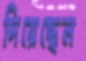
দিয়েছেন